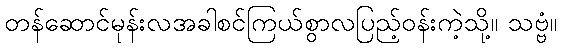
တန်ဆောင်မုန်းလအခါစင်ကြယ်စွာလပြည့်ဝန်းကဲ့သို့။ သဗ္ဗံ။